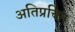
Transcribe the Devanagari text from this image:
अतिप्रचिन